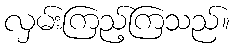
လှမ်းကြည့်ကြသည်။